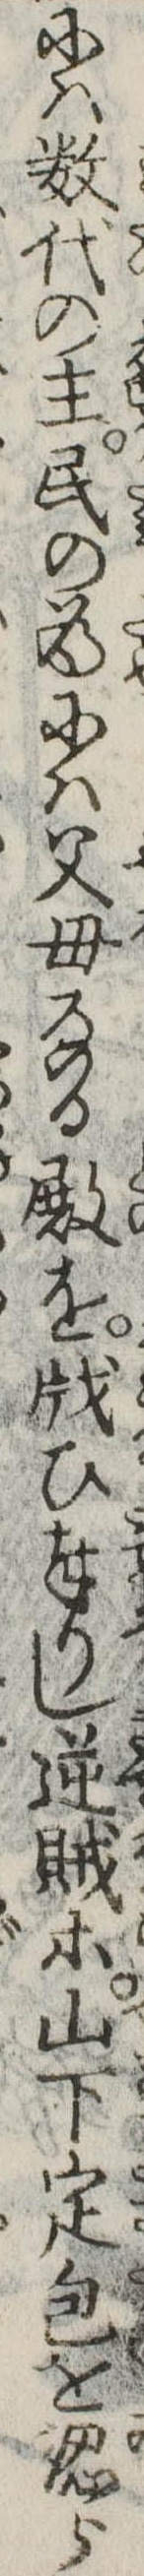
には数代の主民の為には父母なる殿をひ奉りし逆賊等山下定包を認ら